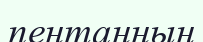
пентанның